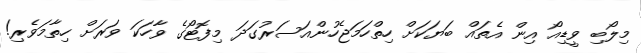
މިލޯބި ވީޑިއޯ އިން އެތައް ބަޔަކަށް ހިތްހަމަޖެހުންއަސަރުގަދަ މިފޮޓޯގެ ވާހަކަ ވަރަށް ހިތާމަވެރި!